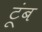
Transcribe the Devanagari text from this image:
टूंब